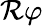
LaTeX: \mathcal{R}\varphi